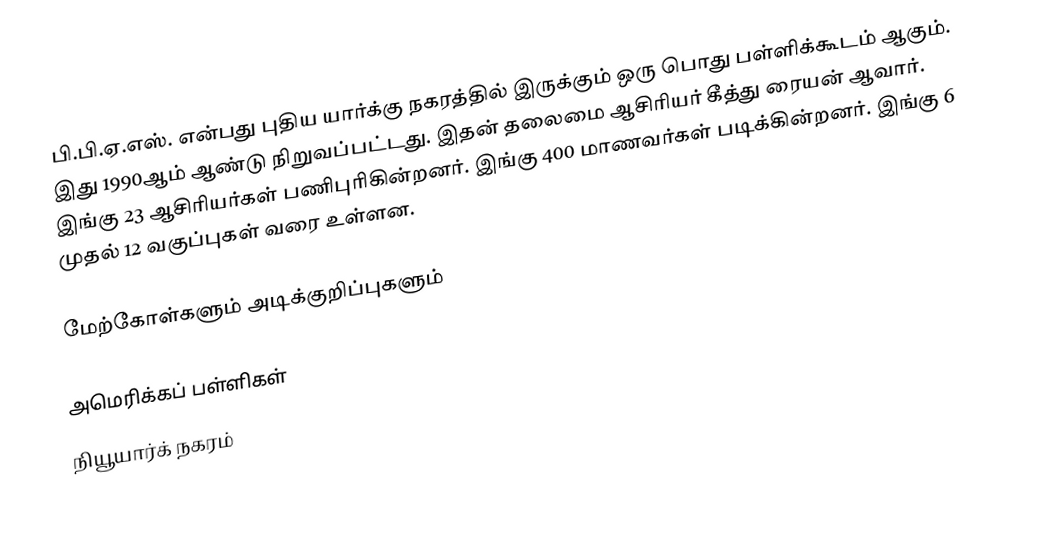
பி.பி.ஏ.எஸ். என்பது புதிய யார்க்கு நகரத்தில் இருக்கும் ஒரு பொது பள்ளிக்கூடம் ஆகும். இது 1990ஆம் ஆண்டு நிறுவப்பட்டது. இதன் தலைமை ஆசிரியர் கீத்து ரையன் ஆவார். இங்கு 23 ஆசிரியர்கள் பணிபுரிகின்றனர். இங்கு 400 மாணவர்கள் படிக்கின்றனர். இங்கு 6 முதல் 12 வகுப்புகள் வரை உள்ளன.

மேற்கோள்களும் அடிக்குறிப்புகளும்

அமெரிக்கப் பள்ளிகள்
நியூயார்க் நகரம்